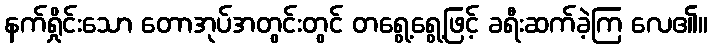
နက်ရှိုင်းသော တောအုပ်အတွင်းတွင် တရွေ့ရွေ့ဖြင့် ခရီးဆက်ခဲ့ကြ လေ၏။